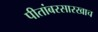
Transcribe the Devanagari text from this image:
पीतांबरसारखाच